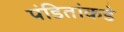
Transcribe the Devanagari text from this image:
पंडितांकडे